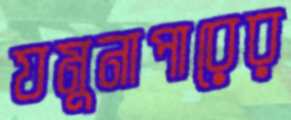
যমুনাপারের